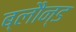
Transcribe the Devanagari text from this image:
ब्लौन्ड